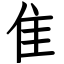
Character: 隹